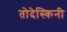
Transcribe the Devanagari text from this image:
तोदेस्किनी